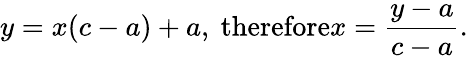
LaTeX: y=x(c-a)+a,{\mathrm{~therefore}}x={\frac{y-a}{c-a}}.